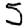
Digit: 5